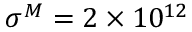
\sigma ^ { M } = 2 \times 1 0 ^ { 1 2 }